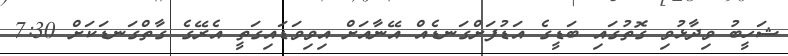
ޝަހީބު ވިދާޅުވި ގޮތުގައި ބަޑީގެ އަޑުފަށްގަނޑެއް އޭނާއަށް އިވިވަޑައިގަތީ އެރޭގެ ގާތްގަނޑަކަށް 7:30